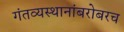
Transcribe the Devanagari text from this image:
गंतव्यस्थानांबरोबरच